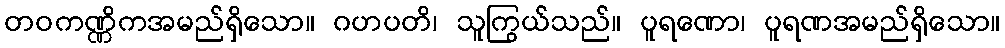
တဝကဏ္ဏိကအမည်ရှိသော။ ဂဟပတိ၊ သူကြွယ်သည်။ ပူရဏော၊ ပူရဏအမည်ရှိသော။